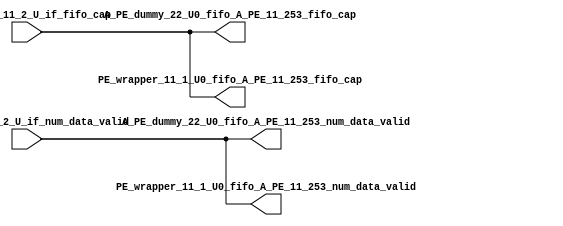
// ==================================================
// RTL generated by RapidStream
//
// Copyright 2024 RapidStream Design Automation, Inc.
// All Rights Reserved.
// ==================================================
`timescale 1 ns / 1 ps
module __rs_kernel3_aux_split_aux_39 #(
    parameter C_S_AXI_CONTROL_DATA_WIDTH  = 32,
    parameter C_S_AXI_CONTROL_ADDR_WIDTH  = 6,
    parameter C_S_AXI_DATA_WIDTH          = 32,
    parameter C_M_AXI_GMEM_A_ID_WIDTH     = 1,
    parameter C_M_AXI_GMEM_A_ADDR_WIDTH   = 64,
    parameter C_M_AXI_GMEM_A_DATA_WIDTH   = 512,
    parameter C_M_AXI_GMEM_A_AWUSER_WIDTH = 1,
    parameter C_M_AXI_GMEM_A_ARUSER_WIDTH = 1,
    parameter C_M_AXI_GMEM_A_WUSER_WIDTH  = 1,
    parameter C_M_AXI_GMEM_A_RUSER_WIDTH  = 1,
    parameter C_M_AXI_GMEM_A_BUSER_WIDTH  = 1,
    parameter C_M_AXI_GMEM_A_USER_VALUE   = 0,
    parameter C_M_AXI_GMEM_A_PROT_VALUE   = 0,
    parameter C_M_AXI_GMEM_A_CACHE_VALUE  = 3,
    parameter C_M_AXI_DATA_WIDTH          = 32,
    parameter C_M_AXI_GMEM_B_ID_WIDTH     = 1,
    parameter C_M_AXI_GMEM_B_ADDR_WIDTH   = 64,
    parameter C_M_AXI_GMEM_B_DATA_WIDTH   = 512,
    parameter C_M_AXI_GMEM_B_AWUSER_WIDTH = 1,
    parameter C_M_AXI_GMEM_B_ARUSER_WIDTH = 1,
    parameter C_M_AXI_GMEM_B_WUSER_WIDTH  = 1,
    parameter C_M_AXI_GMEM_B_RUSER_WIDTH  = 1,
    parameter C_M_AXI_GMEM_B_BUSER_WIDTH  = 1,
    parameter C_M_AXI_GMEM_B_USER_VALUE   = 0,
    parameter C_M_AXI_GMEM_B_PROT_VALUE   = 0,
    parameter C_M_AXI_GMEM_B_CACHE_VALUE  = 3,
    parameter C_M_AXI_GMEM_C_ID_WIDTH     = 1,
    parameter C_M_AXI_GMEM_C_ADDR_WIDTH   = 64,
    parameter C_M_AXI_GMEM_C_DATA_WIDTH   = 512,
    parameter C_M_AXI_GMEM_C_AWUSER_WIDTH = 1,
    parameter C_M_AXI_GMEM_C_ARUSER_WIDTH = 1,
    parameter C_M_AXI_GMEM_C_WUSER_WIDTH  = 1,
    parameter C_M_AXI_GMEM_C_RUSER_WIDTH  = 1,
    parameter C_M_AXI_GMEM_C_BUSER_WIDTH  = 1,
    parameter C_M_AXI_GMEM_C_USER_VALUE   = 0,
    parameter C_M_AXI_GMEM_C_PROT_VALUE   = 0,
    parameter C_M_AXI_GMEM_C_CACHE_VALUE  = 3,
    parameter C_S_AXI_CONTROL_WSTRB_WIDTH = 4,
    parameter C_S_AXI_WSTRB_WIDTH         = 4,
    parameter C_M_AXI_GMEM_A_WSTRB_WIDTH  = 64,
    parameter C_M_AXI_WSTRB_WIDTH         = 4,
    parameter C_M_AXI_GMEM_B_WSTRB_WIDTH  = 64,
    parameter C_M_AXI_GMEM_C_WSTRB_WIDTH  = 64
) (
    output wire [1:0] A_PE_dummy_22_U0_fifo_A_PE_11_253_fifo_cap,
    output wire [1:0] A_PE_dummy_22_U0_fifo_A_PE_11_253_num_data_valid,
    output wire [1:0] PE_wrapper_11_1_U0_fifo_A_PE_11_253_fifo_cap,
    output wire [1:0] PE_wrapper_11_1_U0_fifo_A_PE_11_253_num_data_valid,
    input wire  [1:0] fifo_A_PE_11_2_U_if_fifo_cap,
    input wire  [1:0] fifo_A_PE_11_2_U_if_num_data_valid
);
assign A_PE_dummy_22_U0_fifo_A_PE_11_253_fifo_cap = fifo_A_PE_11_2_U_if_fifo_cap;
assign A_PE_dummy_22_U0_fifo_A_PE_11_253_num_data_valid = fifo_A_PE_11_2_U_if_num_data_valid;
assign PE_wrapper_11_1_U0_fifo_A_PE_11_253_fifo_cap = fifo_A_PE_11_2_U_if_fifo_cap;
assign PE_wrapper_11_1_U0_fifo_A_PE_11_253_num_data_valid = fifo_A_PE_11_2_U_if_num_data_valid;
endmodule